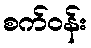
စက်ဝန်း